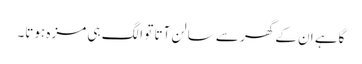
گاہے ان کے گھر سے سالن آتا تو الگ ہی مزہ ہوتا۔